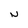
Character: N